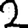
Digit: 2